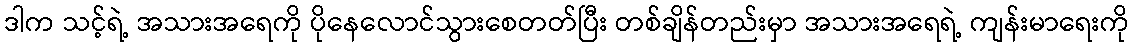
ဒါက သင့်ရဲ့ အသားအရေကို ပိုနေလောင်သွားစေတတ်ပြီး တစ်ချိန်တည်းမှာ အသားအရေရဲ့ ကျန်းမာရေးကို